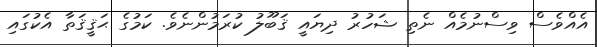
އެއްވެސް ވިސްނުމެއް ނެތި ޝަހުރު ދިޔައީ ޤަބޫލު ކުރަމުންނެވެ. ކަމުގެ ޙަޤީޤަތާ އެކުގައި